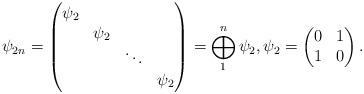
\begin{align*}\psi_{2n} = \begin{pmatrix}\psi_{2} \\ &\psi_{2} \\ && \ddots \\ &&&\psi_{2}\end{pmatrix} = \bigoplus_{1}^{n}\psi_{2}, \psi_{2} = \begin{pmatrix}0 & 1 \\1 & 0\end{pmatrix}.\end{align*}